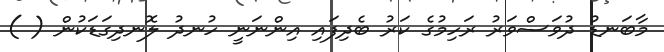
މާބަނޑު ދުވަސްވަރު ރަހިމުގެ ކަރު ބެދިފައި އިންނަނީ ހުނދު ލޮނދިގަޑަކުން ( )